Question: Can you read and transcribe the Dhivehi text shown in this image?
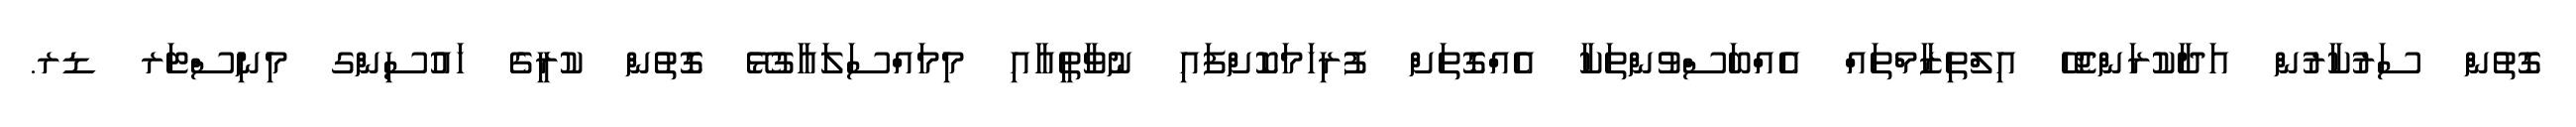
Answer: ގޮތުން ސަރުކާރުން އަދާކުރަންޖެހޭ އިލްތިޒާމްތައް އެއްބަސްވުންތަކާ އެއްގޮތަށް ފުރިހަމަކޮށްފައި ނުވާތީއާއި މިމައްސަލައާގުޅޭ ގޮތުން ކުރީގެ ހައުސިންގ މިނިސްޓަރ ޑރ.